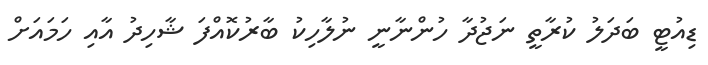
ޑިއުޓީ ބަދަލު ކުރާތީ ނަޖުދާ ހުންނާނީ ނުލާހިކު ބާރުކޮއްފަ ޝާހިދު އާއި ހަމައަށް